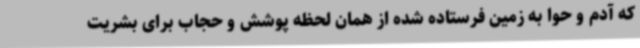
که آدم و حوا به زمین فرستاده شده از همان لحظه پوشش و حجاب برای بشریت